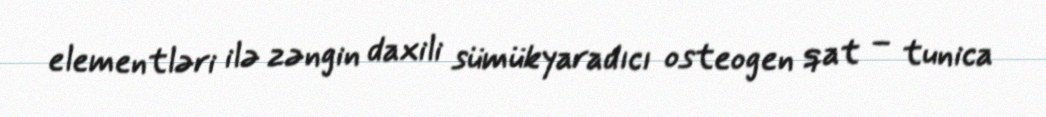
elementləri ilə zəngin daxili sümükyaradıcı osteogen qat – tunica